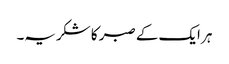
ہر ایک کے صبر کا شکریہ۔